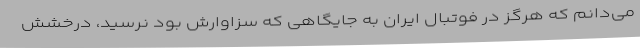
می‌دانم که هرگز در فوتبال ایران به جایگاهی که سزاوارش بود نرسید، درخشش